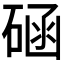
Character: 𥓞